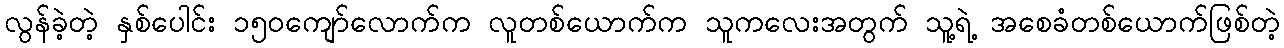
လွန်ခဲ့တဲ့ နှစ်ပေါင်း ၁၅၀ကျော်လောက်က လူတစ်ယောက်က သူကလေးအတွက် သူ့ရဲ့ အစေခံတစ်ယောက်ဖြစ်တဲ့